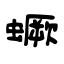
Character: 蟩